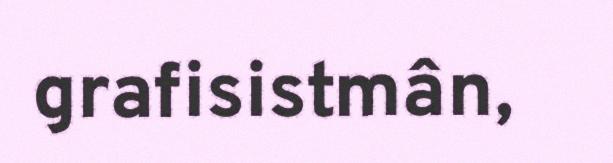
grafisistmân,